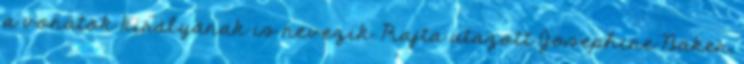
a vonatok királyának is nevezik. Rajta utazott Josephine Baker,